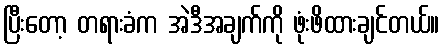
ပြီးတော့ တရားခံက အဲဒီအချက်ကို ဖုံးဖိထားချင်တယ်။